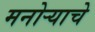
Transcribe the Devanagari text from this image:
मनोऱ्याचे